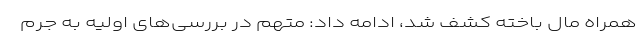
همراه مال باخته کشف شد، ادامه داد: متهم در بررسی‌های اولیه به جرم